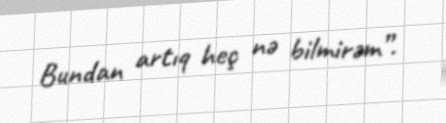
Bundan artıq heç nə bilmirəm”.